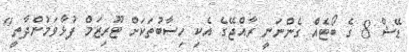
ޑޭޝް 8 ގެ ބޯޓެއް ގެންނަނީ ރާއްޖޭގެ އެކި ހިސާބުތަކަށް ޓޫރިޒަމް ފުޅާވަމުންދާތީ"